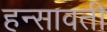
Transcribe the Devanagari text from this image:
हन्सावती